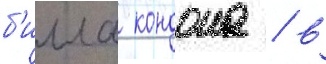
б'илла кондона / в